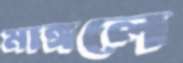
মাঙ্গলে